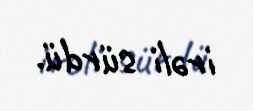
irəli sürdü.